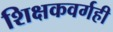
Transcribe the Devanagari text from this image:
शिक्षकवर्गही